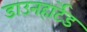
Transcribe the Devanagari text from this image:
डाउनहार्टेड